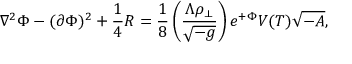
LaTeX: \nabla ^ { 2 } \Phi - ( \partial \Phi ) ^ { 2 } + { \frac { 1 } { 4 } } { \cal R } = { \frac { 1 } { 8 } } \left( { \frac { \Lambda \rho _ { \perp } } { \sqrt { - g } } } \right) e ^ { + \Phi } V ( T ) \sqrt { - A } ,